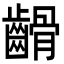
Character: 䶤